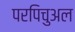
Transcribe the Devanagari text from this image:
परपिचुअल